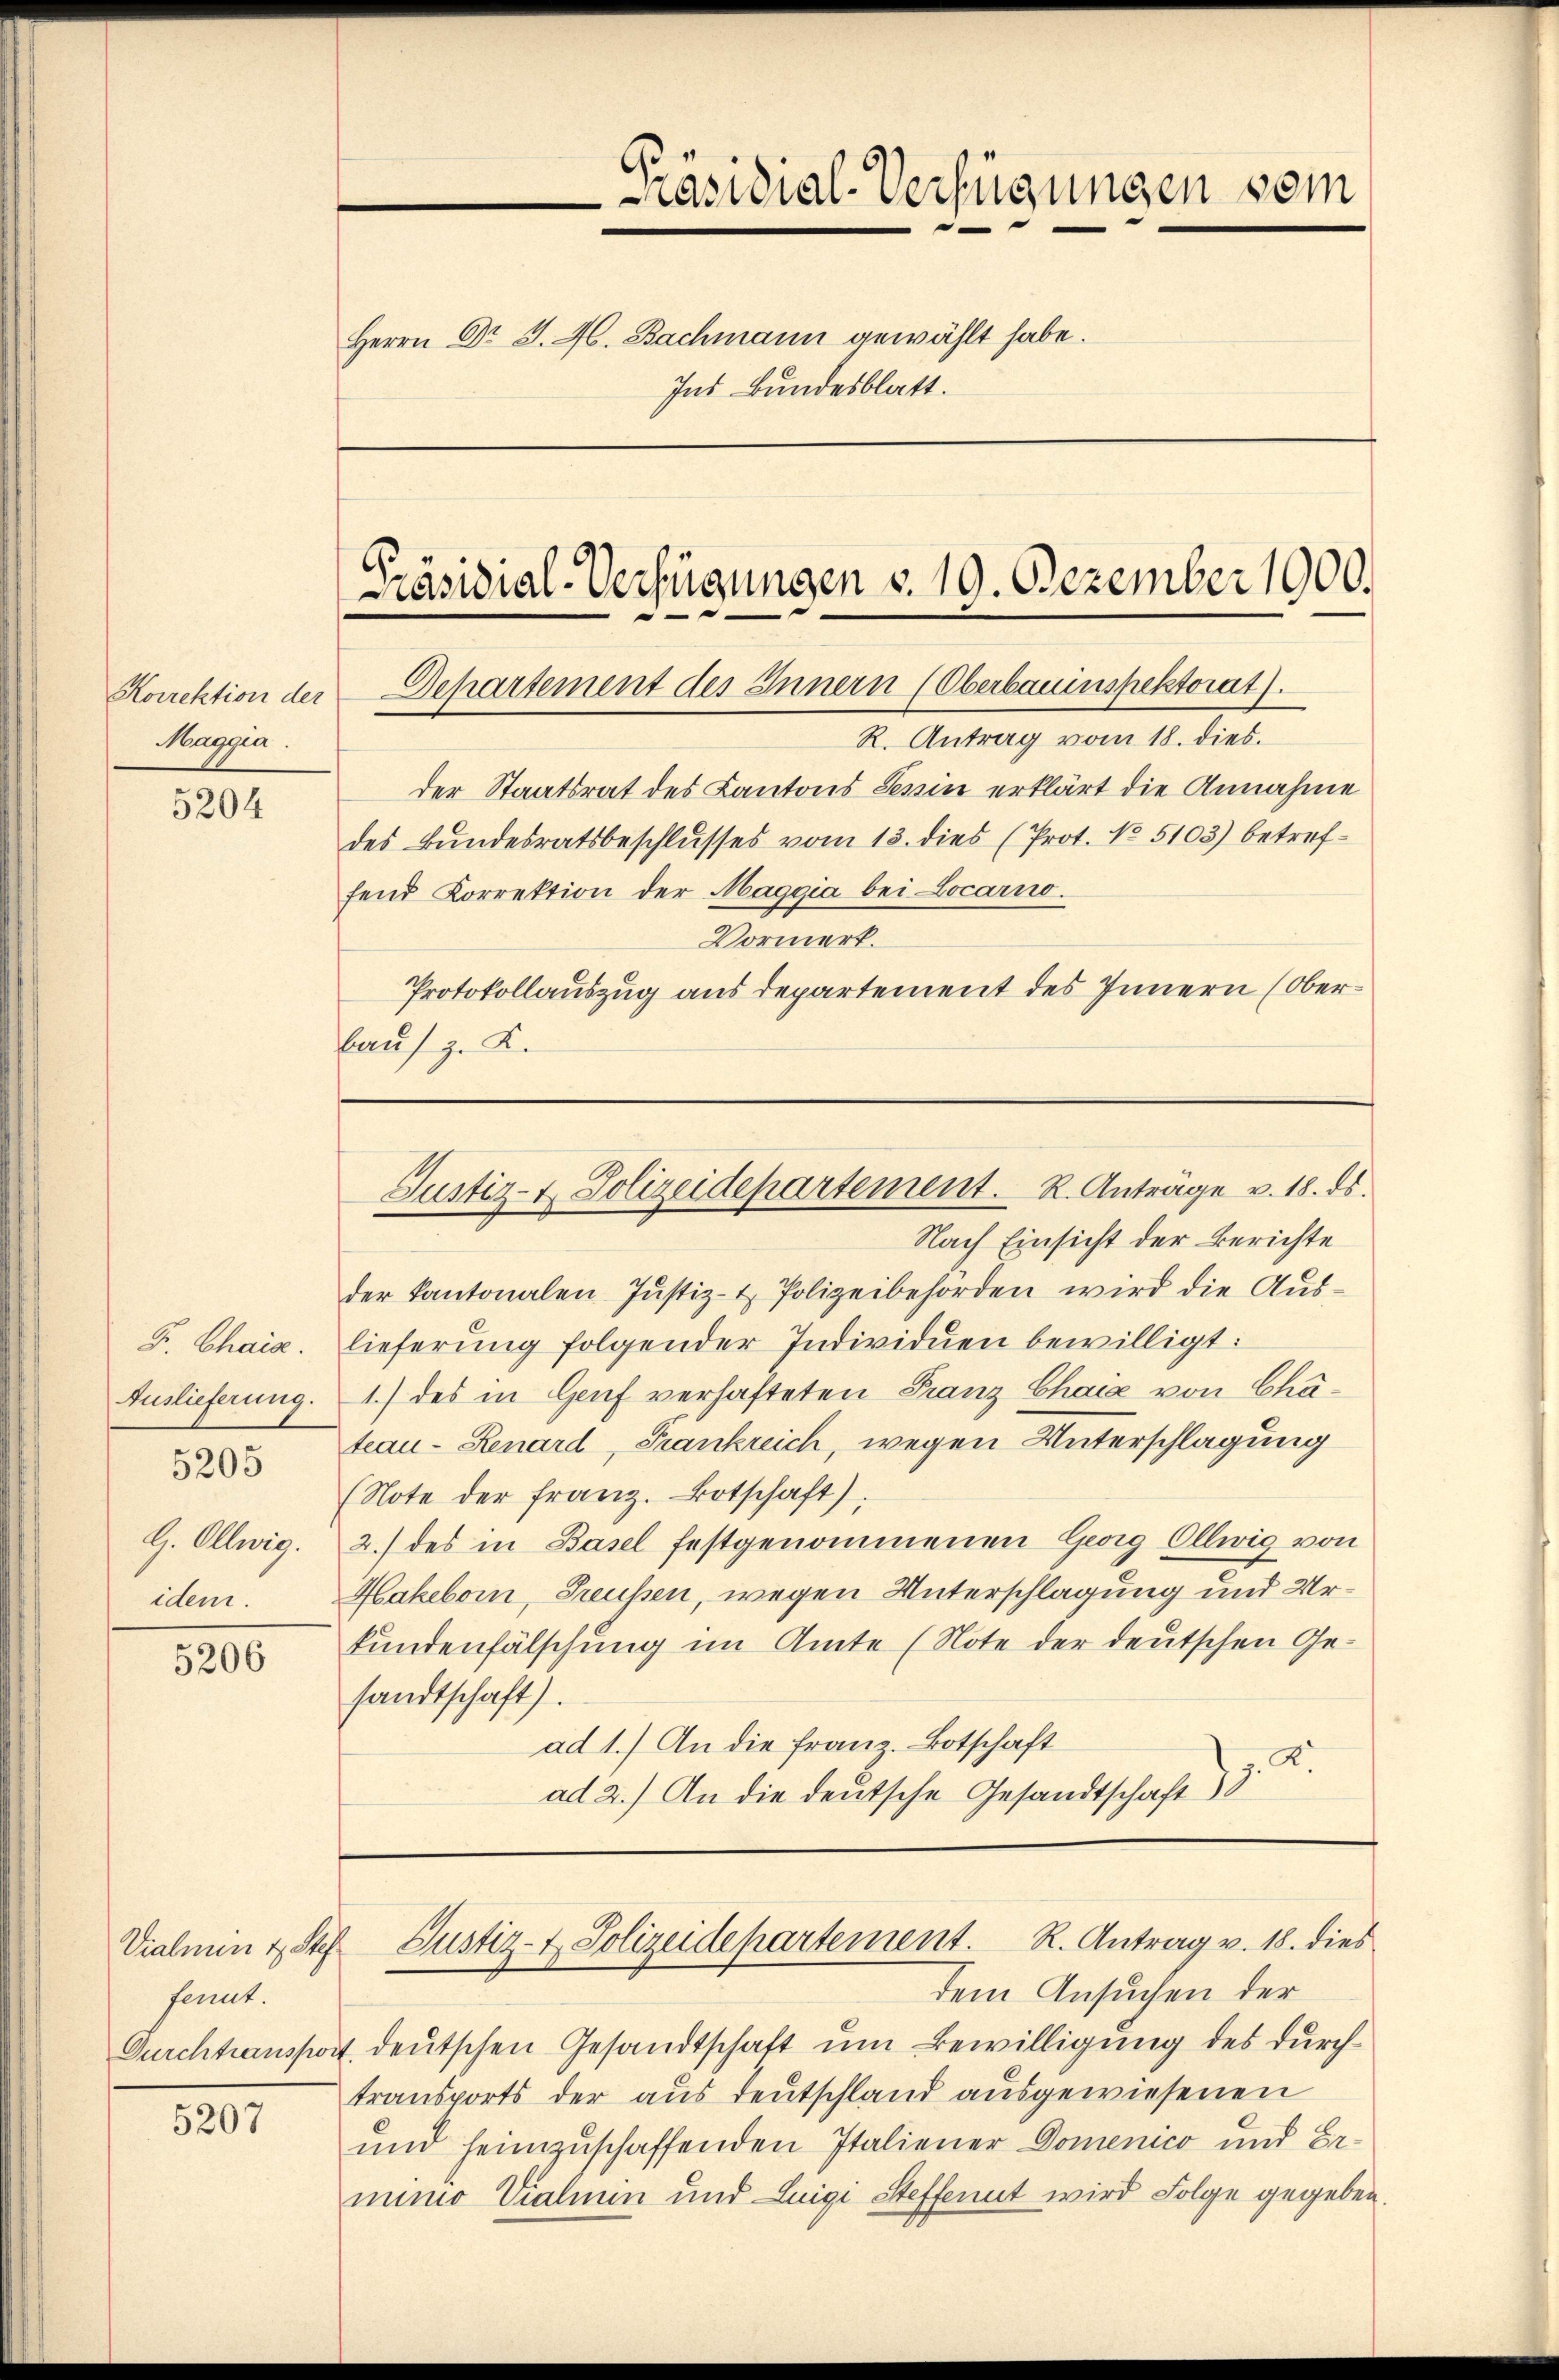
Maggia.

5204

F. Chais.
Auslieferung.
5205
G. Ollwig.
idem.

5206

Vialien & Stef
fernt.

5207

Präsidial-Verfügungen vom
e
Herrn Dr J. A. Bachmann gewählt habe.
Ins Bundesblatt.

der Staatsrat des Kantons Serin erklärt die Annahme
des Bundesratsbeschlusses vom 13. dies (Prot. No 5103) betreffend Korrektion der Maggia bei Locario.
Vormerk.
Protokollauszug aus Departement des Innern (Oberbaus z. K.

Präsidial-Verfügungen v. 19. Dezember 1900.
Koirektion der Departement des Innern (Oberbauinspektorat).
R. Antrag vom 18. dies.

Nach Einsicht der Berichte
der Kantonalen Justiz- & Polizeibehörden wird die Auslieferung folgender Individuen bewilligt:
1.) des in Genf verhafteten Franz Chais von Chateau-Renard, Frankreich, wegen Unterschlagung
(Note der franz. Botschaft).
2.) des in Basel festgenommenen Georg Ollwig von
Hakeboin, Preußen, wegen Unterschlagung und Urkundenfälschung im Amte (Note der deutschen Gesandtschaft).
ad 1.) An die Franz. Botschaft
ad 2.) An die deutsche Gesandtschaft 3

Justiz- & Polizeidepartement. K. Anträge v. 18. ds.

dem Ansuchen der
Durchtransport, deutschen Gesandtschaft um Bewilligung des durchtransports der aus deutschland ausgewiesenen
und heimzuschaffenden Italiener Domenico und Ermino Vialmin und Luigi Steffenut wird Folge gegeben.

Justiz- & Polizeidepartement. K. Antrag v. 18. dies